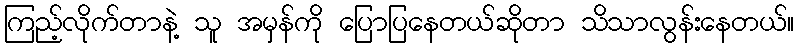
ကြည့်လိုက်တာနဲ့ သူ အမှန်ကို ပြောပြနေတယ်ဆိုတာ သိသာလွန်းနေတယ်။